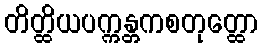
တိတ္ထိယပက္ကန္တကစတုတ္ထော